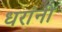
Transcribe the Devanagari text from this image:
धरांनी